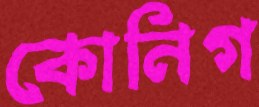
কোনিগ